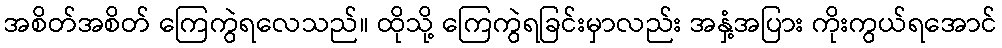
အစိတ်အစိတ် ကြေကွဲရလေသည်။ ထိုသို့ ကြေကွဲရခြင်းမှာလည်း အနှံ့အပြား ကိုးကွယ်ရအောင်